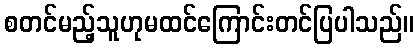
စတင်မည့်သူဟုမထင်ကြောင်းတင်ပြပါသည်။